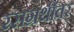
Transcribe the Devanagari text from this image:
रसग्रंथींवर